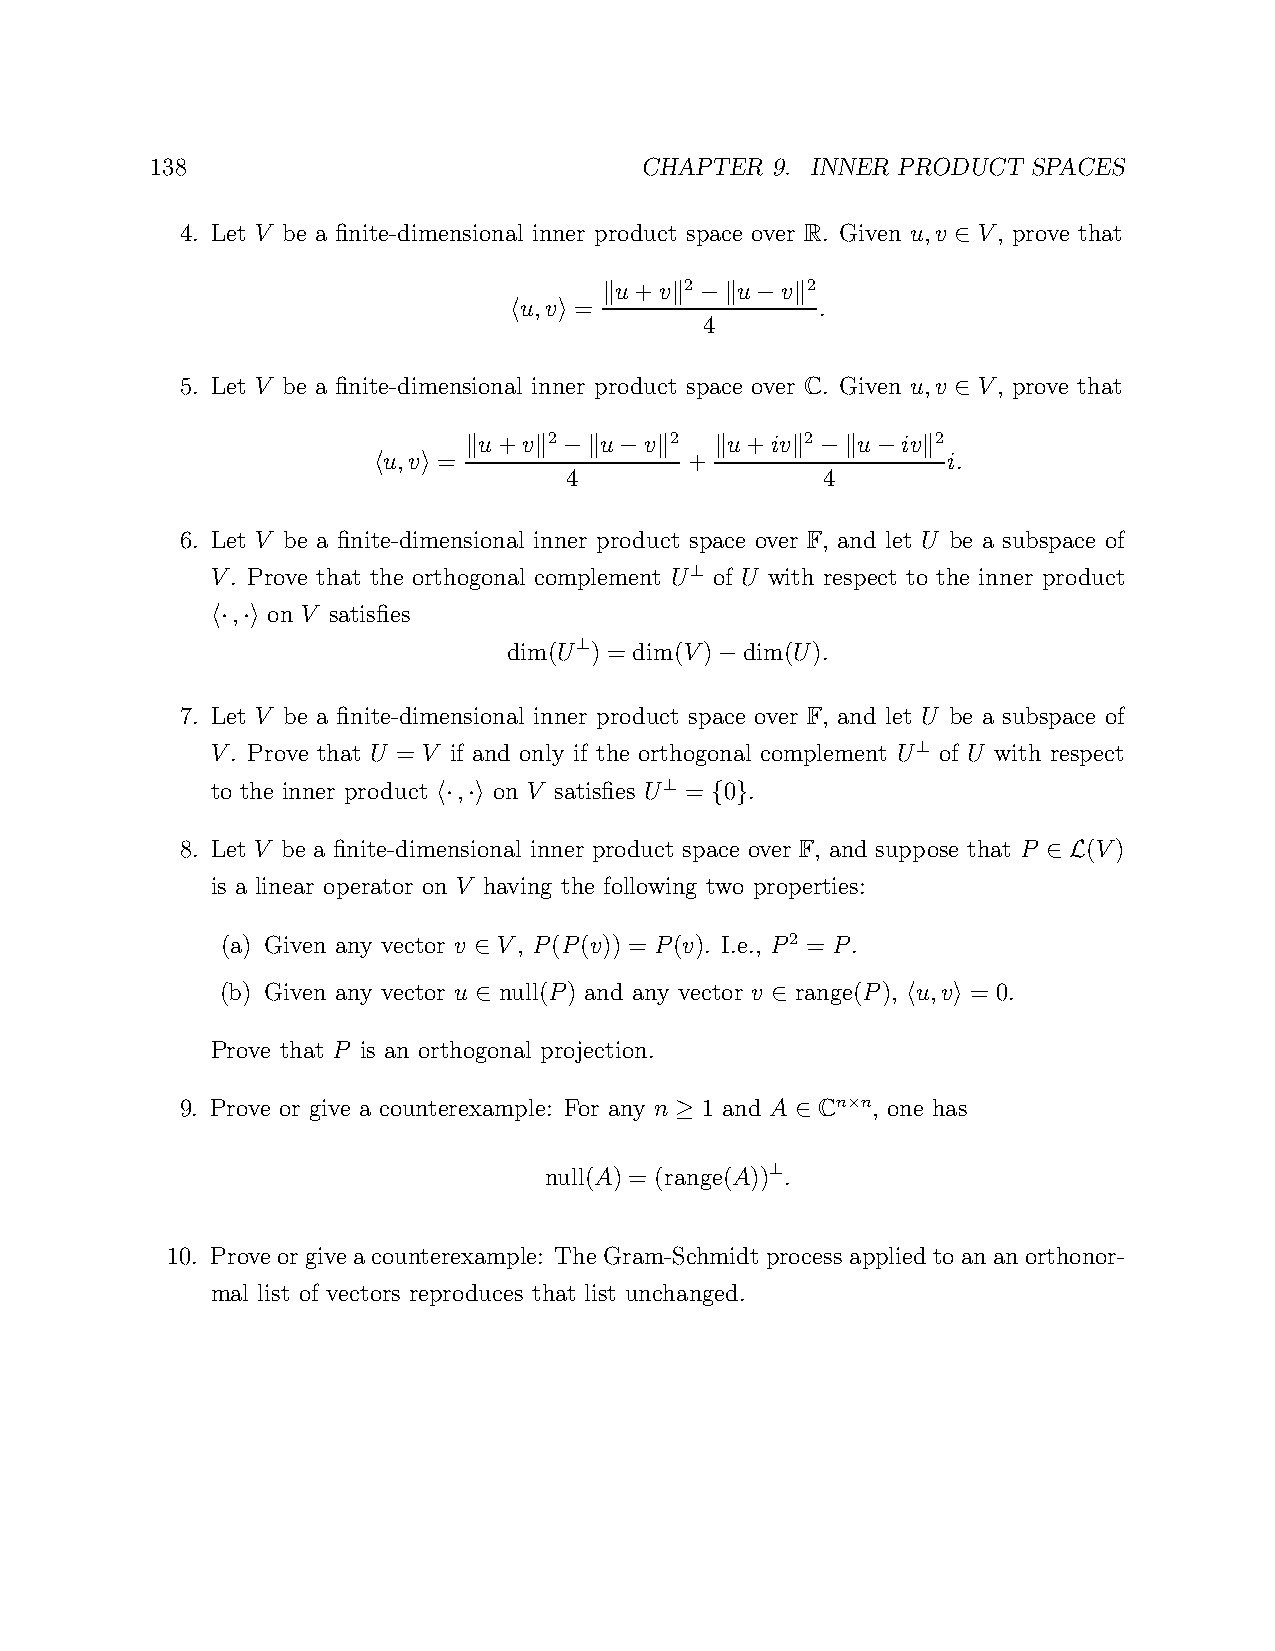
138                             CHAPTER  9. INNER PRODUCT SPACES
 4. Let V be a finite-dimensional inner product space over R. Given u,v V, prove that
 ∈
 u+v 2   u  v 2
 u,v = k   k −k  −  k .
 h  i         4
 5. Let V be a finite-dimensional inner product space over C. Given u,v V, prove that
 ∈
 u+v 2   u  v 2  u+iv 2   u  iv 2
 u,v = k   k −k  −  k + k   k −k  −  k i.
 h  i         4                4
 6. Let V be a finite-dimensional inner product space over F, and let U be a subspace of
 V. Prove that the orthogonal complement U of U with respect to the inner product
 ⊥
 ,  on V satisfies
 h· ·i
 dim(U ) = dim(V) dim(U).
 ⊥
 −
 7. Let V be a finite-dimensional inner product space over F, and let U be a subspace of
 V. Prove that U = V if and only if the orthogonal complement U of U with respect
 ⊥
 to the inner product , on V satisfies U = 0 .
 ⊥
 h· ·i             { }
 8. Let V be a finite-dimensional inner product space over F, and suppose that P (V)
 ∈ L
 is a linear operator on V having the following two properties:
 (a) Given any vector v V, P(P(v)) = P(v). I.e., P2 = P.
 ∈
 (b) Given any vector u null(P) and any vector v range(P), u,v = 0.
 ∈                   ∈        h  i
 Prove that P is an orthogonal projection.
 9. Prove or give a counterexample: For any n 1 and A Cn n, one has
 ×
 ≥       ∈
 null(A) = (range(A)) .
 ⊥
 10. Prove or givea counterexample: The Gram-Schmidt process applied toananorthonor-
 mal list of vectors reproduces that list unchanged.